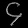
Digit: ၄